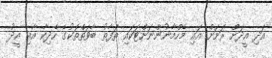
އަދި އީދަށް ރަށަށް އައި މެހްމާނުންނަށްޓަކައި ތަފާތު ބާވަތްތަކުގެ ހެދިކާ އާއި އީދު